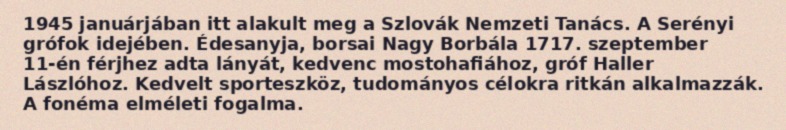
1945 januárjában itt alakult meg a Szlovák Nemzeti Tanács. A Serényi grófok idejében. Édesanyja, borsai Nagy Borbála 1717. szeptember 11-én férjhez adta lányát, kedvenc mostohafiához, gróf Haller Lászlóhoz. Kedvelt sporteszköz, tudományos célokra ritkán alkalmazzák. A fonéma elméleti fogalma.